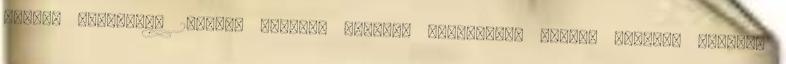
többet kaphatnak 2Bartus László: Lehet-e gyógyítani rákot? 3Bartus László: